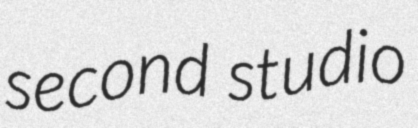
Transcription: second studio